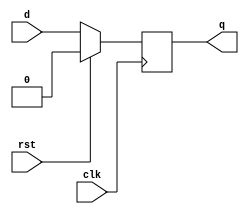
`timescale 1ns / 1ps
//////////////////////////////////////////////////////////////////////////////////
// Company: 
// Engineer: 
// 
// Design Name: 
// Module Name: df_f
// Project Name: 
// Target Devices: 
// Tool Versions: 
// Description: 
// 
// Dependencies: 
// 
// Revision:
// Revision 0.01 - File Created
// Additional Comments:
// 
//////////////////////////////////////////////////////////////////////////////////


module df_f(q,rst,clk,d); 
input clk,d,rst;
output reg q;
 always@(posedge clk) 
 begin
    if(rst)
        q<=0;
    else
        q<=d;
end
endmodule